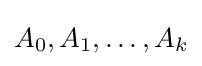
{\textstyle A_{0},A_{1},\ldots ,A_{k}}